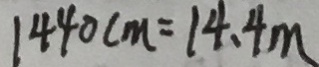
1 4 4 0 c m = 1 4 . 4 m